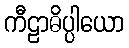
ကီဠာဓိပ္ပါယော